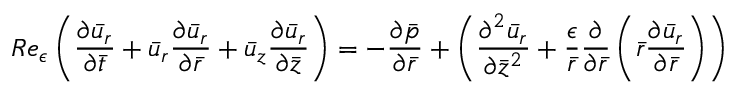
R e _ { \epsilon } \left( \frac { { \partial } \bar { u } _ { r } } { { \partial } \bar { t } } + \bar { u } _ { r } \frac { { \partial } \bar { u } _ { r } } { { \partial } \bar { r } } + \bar { u } _ { z } \frac { { \partial } \bar { u } _ { r } } { { \partial } \bar { z } } \right) = - \frac { { \partial } \bar { p } } { { \partial } \bar { r } } + \left( \frac { { \partial } ^ { 2 } \bar { u } _ { r } } { { \partial } \bar { z } ^ { 2 } } + \frac { \epsilon } { \bar { r } } \frac { { \partial } } { { \partial } \bar { r } } \left( \bar { r } \frac { { \partial } \bar { u } _ { r } } { { \partial } \bar { r } } \right) \right)